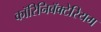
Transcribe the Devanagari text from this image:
कॉरिनिबॅक्टेरियम